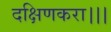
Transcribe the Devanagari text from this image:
दक्षिणकरा।।।